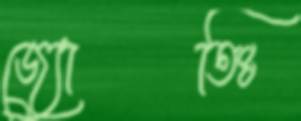
জ্যোতিঃ